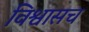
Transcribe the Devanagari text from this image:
विश्वासच